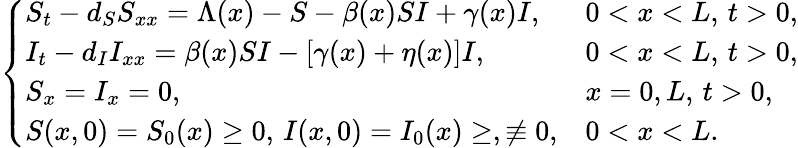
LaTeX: \left\{ \begin{array}{llll}{S_{t}-d_{S}S_{xx}=\Lambda(x)-S-\beta(x)SI+\gamma(x)I,}&{0<x<L,\, t>0,}\\ {I_{t}-d_{I}I_{xx}=\beta(x)SI-\left[\gamma(x)+\eta(x)\right]I,}&{0<x<L,\, t>0,}\\ {S_{x}=I_{x}=0,}&{x=0,L,\, t>0,}\\ {S(x,0)=S_{0}(x)\geq 0,\, I(x,0)=I_{0}(x)\geq,\not\equiv 0,}&{0<x<L.}\end{array}\right.